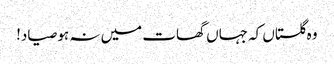
وہ گلستاں کہ جہاں گھات میں نہ ہو صیاد!